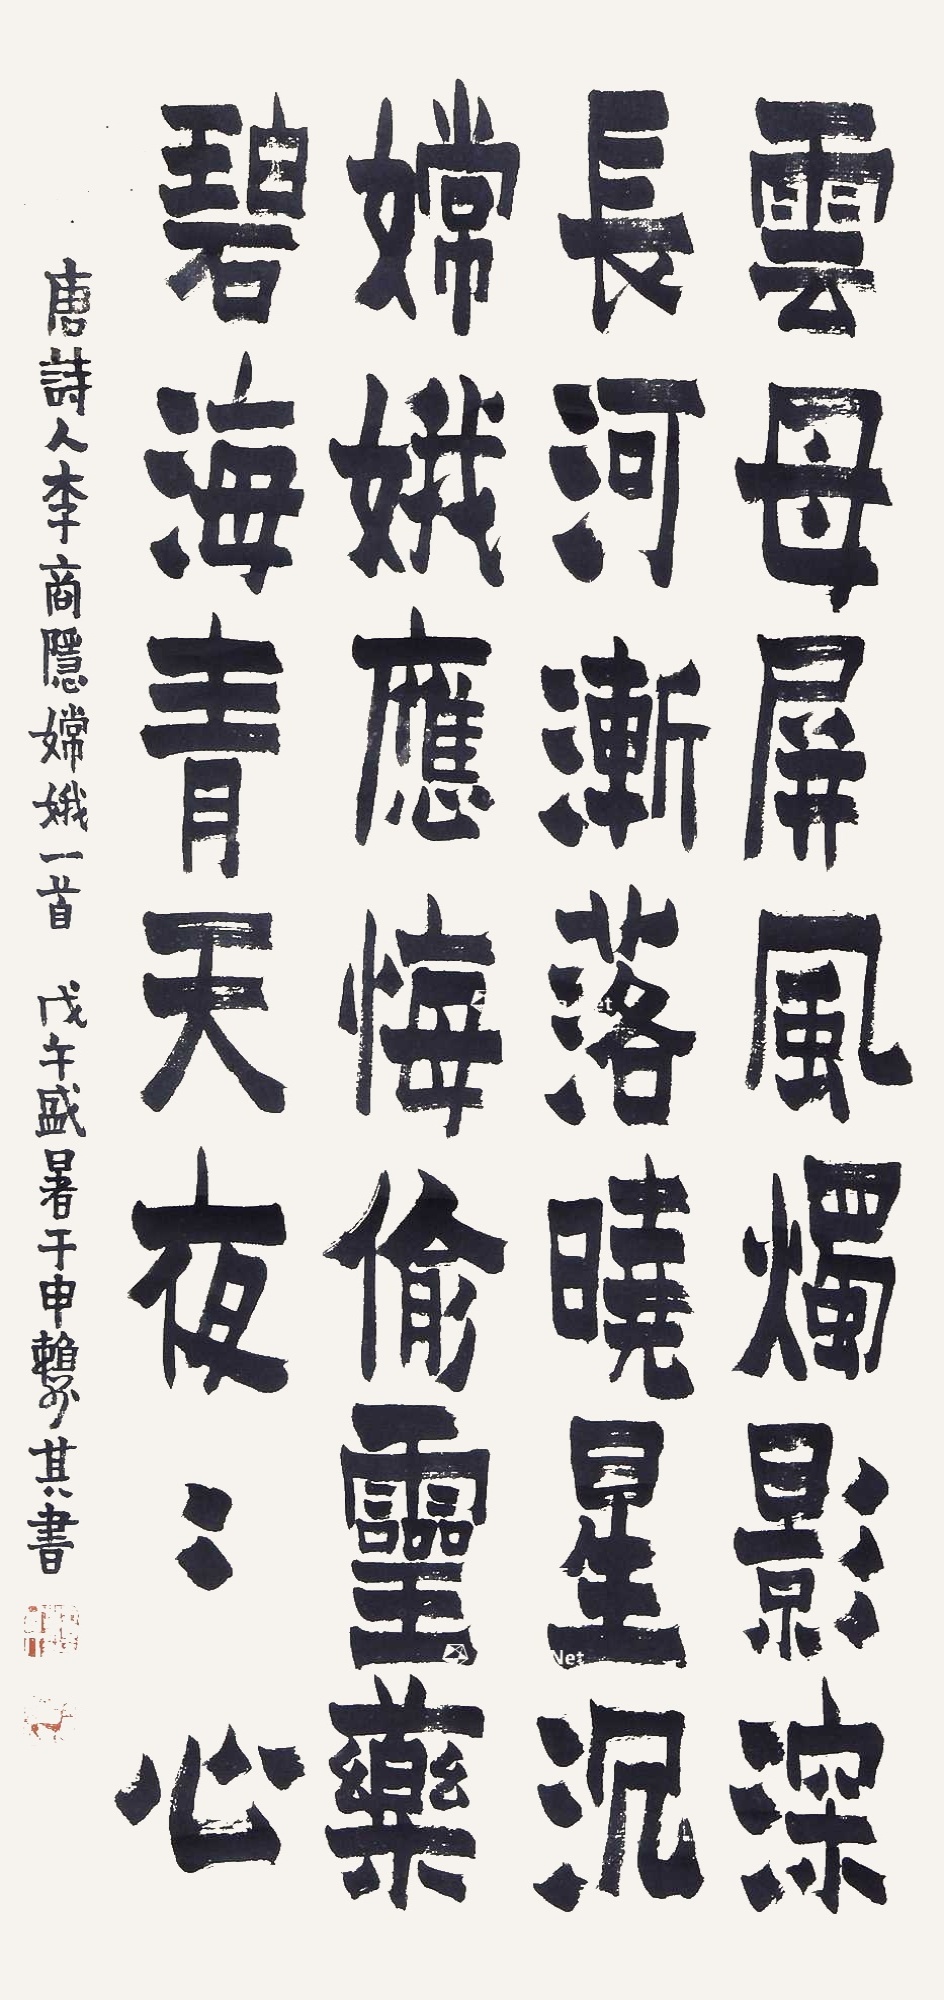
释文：云母屏风烛影深长河渐落晓星沉嫦娥应悔偷灵药碧海青天夜夜心。1.唐诗人李商隐嫦娥一首。2.戊午盛暑于申赖少其书。